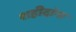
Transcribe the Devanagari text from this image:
शहीदांना